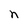
Character: n